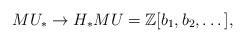
LaTeX: \begin{align*}MU_* \to H_*MU = \mathbb{Z}[b_1,b_2,\dots],\end{align*}